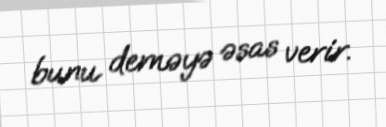
bunu deməyə əsas verir.